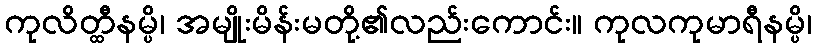
ကုလိတ္ထီနမ္ပိ၊ အမျိုးမိန်းမတို့၏လည်းကောင်း။ ကုလကုမာရီနမ္ပိ၊